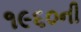
૧૯૬૦ની